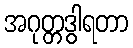
အဂုတ္တဒွါရတာ